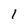
Character: 1